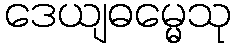
ဒေယျဓမ္မေသု